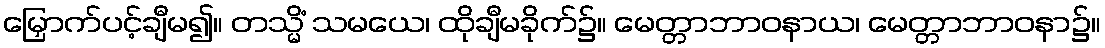
မြှောက်ပင့်ချီမ၍။ တသ္မိံ သမယေ၊ ထိုချီမခိုက်၌။ မေတ္တာဘာဝနာယ၊ မေတ္တာဘာဝနာ၌။